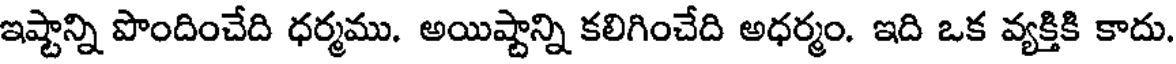
ఇష్టాన్ని పొందించేది ధర్మము. అయిష్టాన్ని కలిగించేది అధర్మం. ఇది ఒక వ్యక్తికి కాదు.